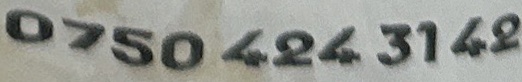
0750 424 3148